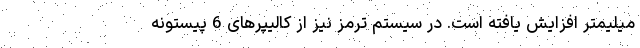
میلیمتر افزایش یافته است. در سیستم ترمز نیز از کالیپرهای 6 پیستونه